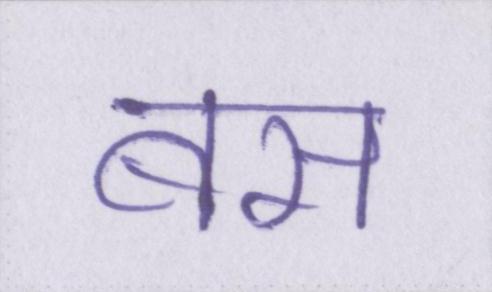
बस